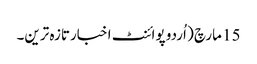
15 مارچ ( اُردو پوائنٹ اخبارتازہ ترین۔